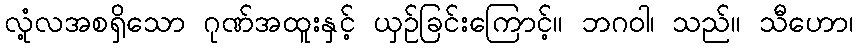
လုံ့လအစရှိသော ဂုဏ်အထူးနှင့် ယှဉ်ခြင်းကြောင့်။ ဘဂဝါ၊ သည်။ သီဟော၊